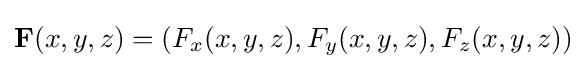
\mathbf {F} (x,y,z)=(F_{x}(x,y,z),F_{y}(x,y,z),F_{z}(x,y,z))